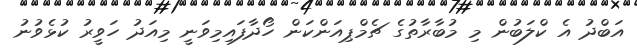
އަބްދު އެ ކްލަބުން މި މުބާރާތުގެ ޗެމްޕިއަންކަން ހޯދާފައިމިވަނީ މިއަދު ހަވީރު ކުޅެވުނު